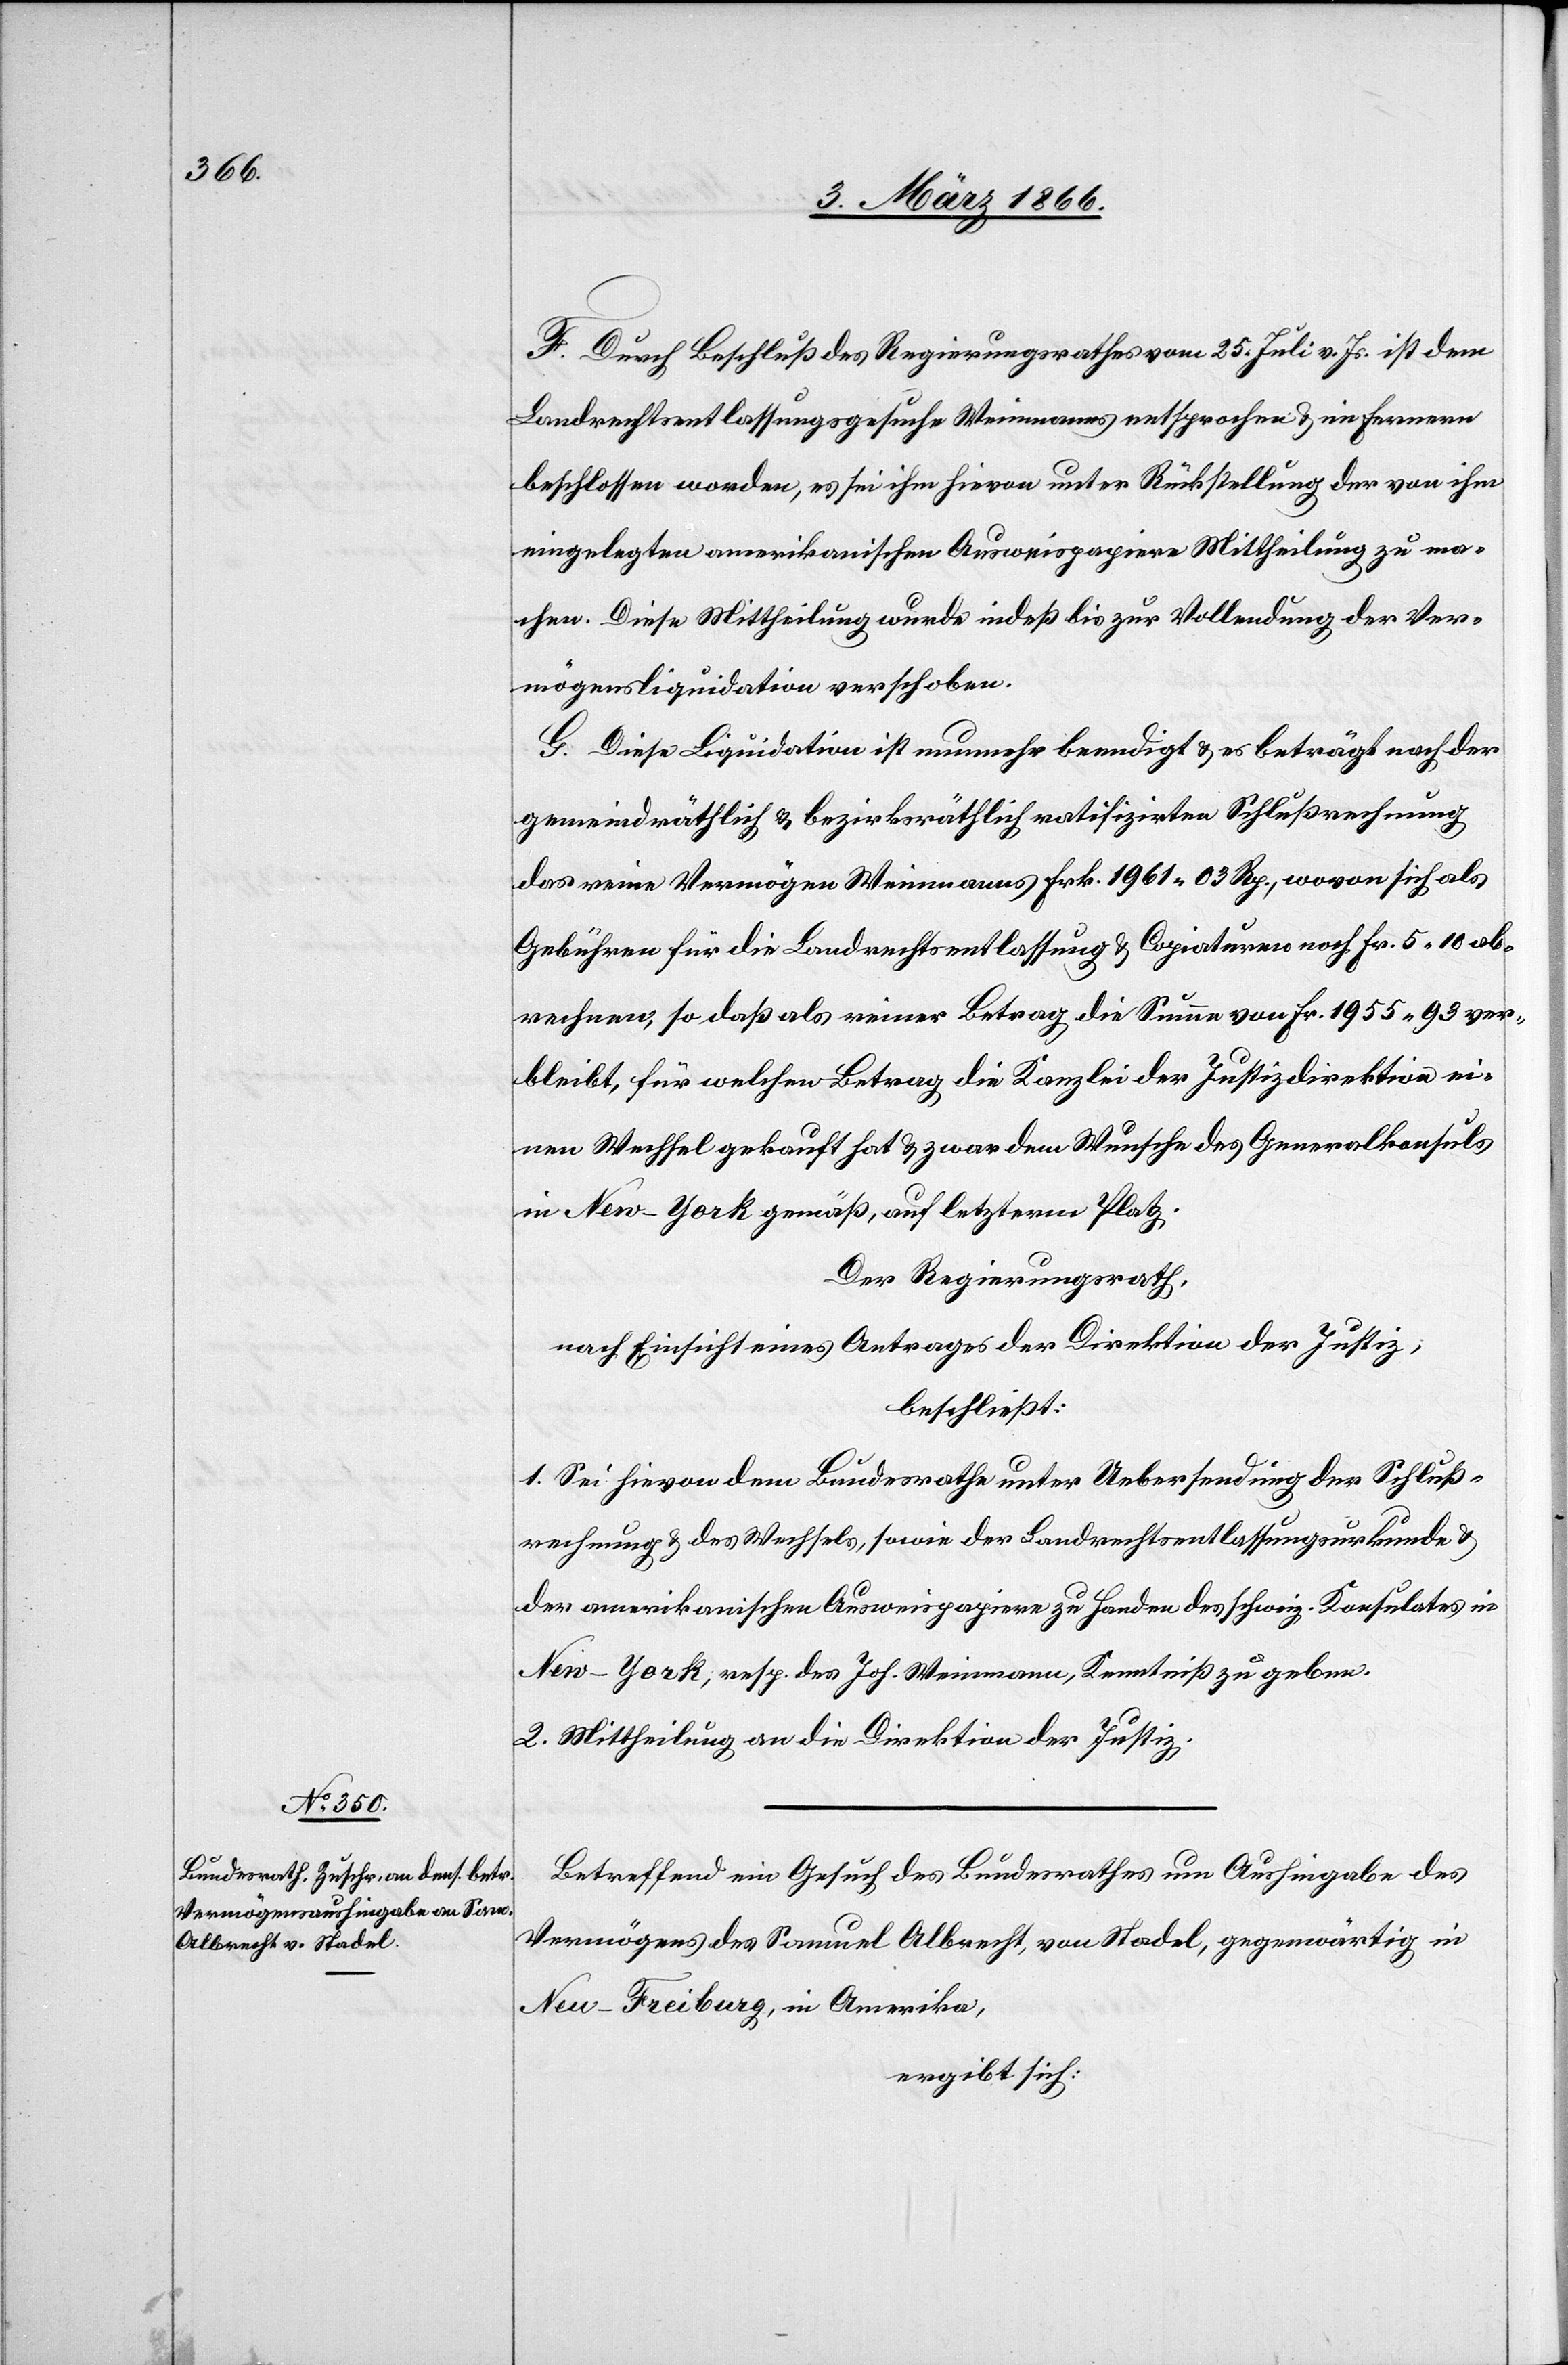
F. Durch Beschluß des Regierungsrathes vom 25. Juli v. Js. ist dem
Landrechtsentlassungsgesuche Weinmanns entsprochen u. im fernern
beschlossen worden, es sei ihm hievon unter Rückstellung der von ihm
eingelegten amerikanischen Ausweispapiere Mittheilung zu ma¬
chen. Diese Mittheilung wurde indeß bis zur Vollendung der Ver¬
mögensliquidation verschoben.
G. Diese Liquidation ist nunmehr beendigt u. es beträgt nach der
gemeindräthlichen u. bezirksräthlichen Schlußrechnung das reine
Gebühren für die Landrechtsentlassung u. Copiaturen noch Fr. 5, 10 ab¬
rechnen, so daß als reiner Betrag die Summe von Fr. 1955, 93 ver¬
bleibt, für welchen Betrag die Kanzlei der Justizdirektion ei¬
nen Wechsel gekauft hat u. zwar dem Wunsche des Generalkonsuls
in New–York gemäß, auf letzterm Platz.
Der Regierungsrath,
nach Einsicht eines Antrages der Direktion der Justiz,
beschließt:
1. Sei hievon dem Bundesrathe unter Uebersendung der Schluß¬
rechnung u. des Wechsels, sowie der Landrechtsentlassungsurkunde
der amerikanischen Ausweispapiere zu Handen des schweiz. Konsulates in
New–York, resp. des Joh. Weinmann, Kenntniß zu geben.
2. Mittheilung an die Direktion der Justiz.
Betreffend ein Gesuch des Bundesrathes um Aushingabe des
Vermögens des Samuel Albrecht, von Stadel, gegenwärtig in
New–Freiburg, in Amerika,
ergibt sich: